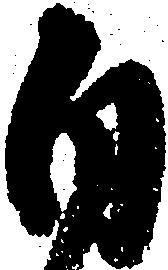
自